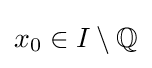
x_{0}\in I\setminus \mathbb {Q}